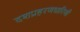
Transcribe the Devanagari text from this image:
दशप्रहरणधारिणी